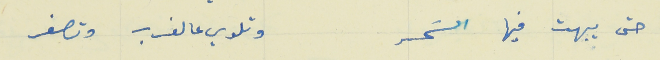
حتى يبهت فيها السَحر                                        وتلوي عالغرب وتصفر